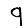
Digit: 9